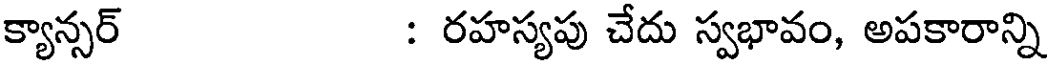
క్యాన్సర్ : రహస్యపు చేదు స్వభావం, అపకారాన్ని